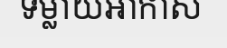
ទម្លាយអាកាស